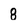
Character: 8